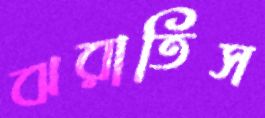
ঝরাতিস